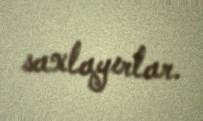
saxlayırlar.